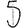
Digit: 5